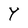
Character: Y